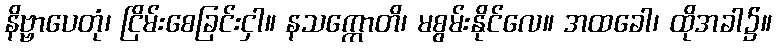
နိဗ္ဗာပေတုံ၊ ငြိမ်းစေခြင်းငှါ။ နသက္ကောတိ၊ မစွမ်းနိုင်လေ။ အထခေါ၊ ထိုအခါ၌။